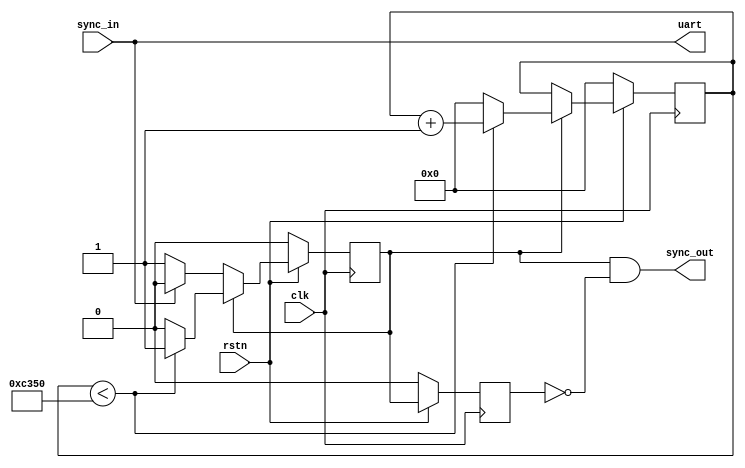
module sync_splitter #(
    parameter N_DEAD    = 50000, // 1ms for 50MHz clock
    parameter N_DEAD_CW = 16     // log2(50000) < 16
    )(
    input   sync_in,
    input   clk,
    input   rstn,
    output  sync_out,
    output  uart);

    reg                 dead;
    reg                 dead_buf;
    reg [N_DEAD_CW-1:0] dead_cnt;
    
    reg [N_DEAD_CW-1:0] uart_cnt;

    // dead & dead_cnt
    always @(posedge clk) begin
        if (~rstn) begin // reset
            dead <= 1'b0;
            dead_cnt <= 1'b0;
        end else begin
            if (dead == 1'b0) begin
                if (sync_in == 1'b0) begin // enable at falling edge
                    dead <= 1'b1;
                end
            end else if (dead == 1'b1) begin 
                if (dead_cnt < N_DEAD) begin // counter
                    dead_cnt <= dead_cnt + 1'b1;
                end else begin // reset at dead_cnt == N_DEAD
                    dead_cnt <= 1'b0;
                    dead <= 1'b0;
                end
            end
        end
    end
    
    // sync_out
    always @(posedge clk) begin
        if (~rstn) begin
            dead_buf <= 1'b0;
        end else begin
            dead_buf <= dead;
        end
    end    
    assign sync_out = (dead == 1'b1) & (dead_buf == 1'b0);

    // uart
    assign uart = sync_in;

endmodule